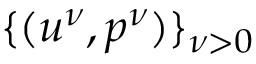
\{ ( u ^ { \nu } , p ^ { \nu } ) \} _ { \nu > 0 }